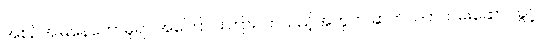
အစဉ်အမြဲနေတော်မူရာ အကြောင်းကြားလာသည့်အတွက် ဆက်လက်ထမ်းဆောင်ခွင့်